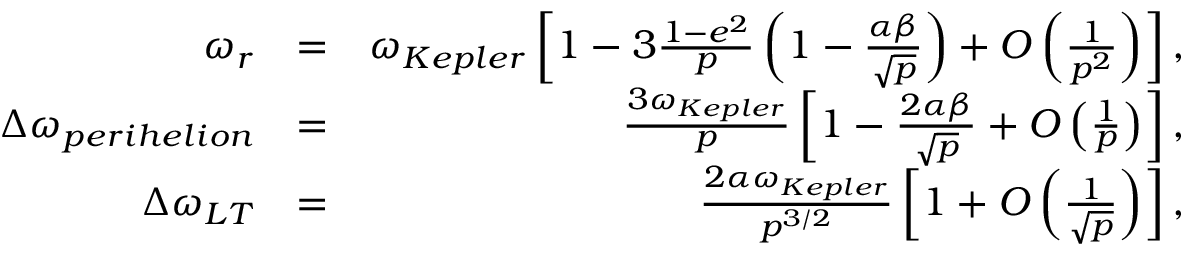
\begin{array} { r l r } { \omega _ { r } } & { = } & { \omega _ { K e p l e r } \left[ 1 - 3 \frac { 1 - e ^ { 2 } } { p } \left( 1 - \frac { \alpha \beta } { \sqrt { p } } \right) + { \cal O } \left( \frac { 1 } { p ^ { 2 } } \right) \right] , } \\ { \Delta \omega _ { p e r i h e l i o n } } & { = } & { \frac { 3 \omega _ { K e p l e r } } { p } \left[ 1 - \frac { 2 \alpha \beta } { \sqrt { p } } + { \cal O } \left( \frac { 1 } { p } \right) \right] , } \\ { \Delta \omega _ { L T } } & { = } & { \frac { 2 \alpha \omega _ { K e p l e r } } { p ^ { 3 / 2 } } \left[ 1 + { \cal O } \left( \frac { 1 } { \sqrt { p } } \right) \right] , } \end{array}